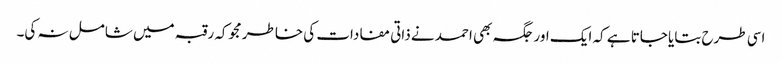
اسی طرح بتایا جاتا ہے کہ ایک اور جگہ بھی احمد نے ذاتی مفادات کی خاطر مجوکہ رقبہ میں شامل نہ کی۔